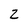
Character: Z